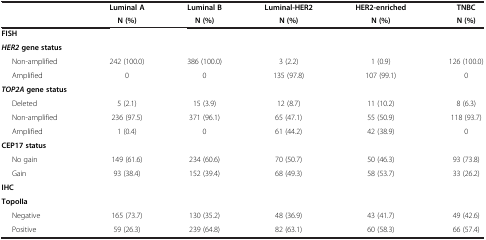
|  | Luminal A | Luminal B | Luminal-HER2 | HER2-enriched | TNBC |
 |  | N (%) | N (%) | N (%) | N (%) | N (%) |
 | --- | --- | --- | --- | --- | --- |
 | FISH |  |  |  |  |  |
 | HER2 gene status |  |  |  |  |  |
 | Non-amplified | 242 (100.0) | 386 (100.0) | 3 (2.2) | 1 (0.9) | 126 (100.0) |
 | Amplified | 0 | 0 | 135 (97.8) | 107 (99.1) | 0 |
 | TOP2A gene status |  |  |  |  |  |
 | Deleted | 5 (2.1) | 15 (3.9) | 12 (8.7) | 11 (10.2) | 8 (6.3) |
 | Non-amplified | 236 (97.5) | 371 (96.1) | 65 (47.1) | 55 (50.9) | 118 (93.7) |
 | Amplified | 1 (0.4) | 0 | 61 (44.2) | 42 (38.9) | 0 |
 | CEP17 status |  |  |  |  |  |
 | No gain | 149 (61.6) | 234 (60.6) | 70 (50.7) | 50 (46.3) | 93 (73.8) |
 | Gain | 93 (38.4) | 152 (39.4) | 68 (49.3) | 58 (53.7) | 33 (26.2) |
 | IHC |  |  |  |  |  |
 | TopoIIa |  |  |  |  |  |
 | Negative | 165 (73.7) | 130 (35.2) | 48 (36.9) | 43 (41.7) | 49 (42.6) |
 | Positive | 59 (26.3) | 239 (64.8) | 82 (63.1) | 60 (58.3) | 66 (57.4) |